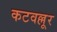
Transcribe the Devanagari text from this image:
कटवल्लूर